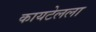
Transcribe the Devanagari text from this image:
कायटेलला